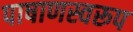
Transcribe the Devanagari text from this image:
पाषाणस्वरूप